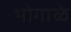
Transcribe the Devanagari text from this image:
भोगाळे